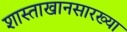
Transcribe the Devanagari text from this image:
शास्ताखानसारख्या